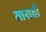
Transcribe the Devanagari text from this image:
सारावी